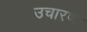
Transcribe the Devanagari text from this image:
उचारणः